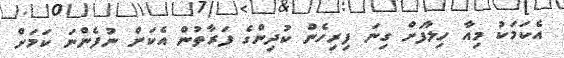
އެކަމަކު މިއާ ހިލާފަށް ގިނަ ފިރިހެން ކުދިންގެ ފަރާތުން އެކަން ނުފެންނަ ކަމަށް